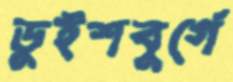
ডুইশবুর্গে